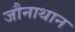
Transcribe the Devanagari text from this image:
जौनाथान